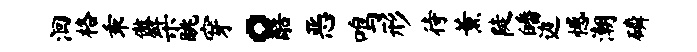
洄格乖傲桀眺穿。酷恶鸣形待薰陡皤边憾潮磷